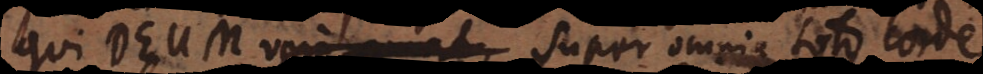
qui Deum vere amat, super omnia toto corde